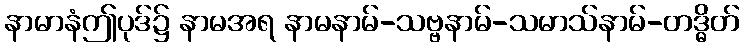
နာမာနံဤပုဒ်၌ နာမအရ နာမနာမ်-သဗ္ဗနာမ်-သမာသ်နာမ်-တဒ္ဓိတ်